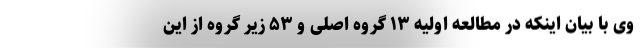
وی با بیان اینکه در مطالعه اولیه ۱۳ گروه اصلی و ۵۳ زیر گروه از این